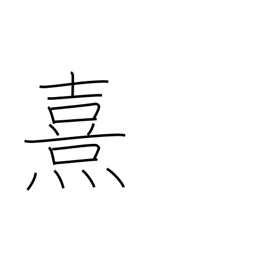
Meaning: faint light